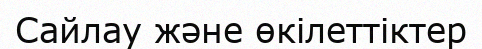
Сайлау және өкілеттіктер